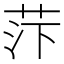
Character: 𰰼